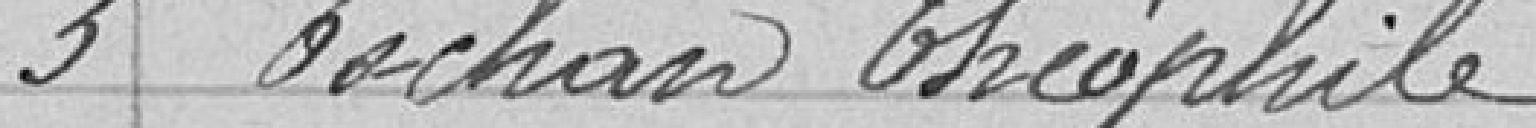
3 Tochan Théophile